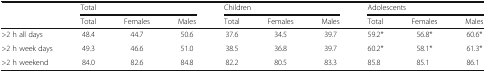
<table><thead><tr><td rowspan="2"></td><td colspan="3"><b>Total</b></td><td colspan="3"><b>Children</b></td><td colspan="3"><b>Adolescents</b></td></tr><tr><td><b>Total</b></td><td><b>Females</b></td><td><b>Males</b></td><td><b>Total</b></td><td><b>Females</b></td><td><b>Males</b></td><td><b>Total</b></td><td><b>Females</b></td><td><b>Males</b></td></tr></thead><tbody><tr><td>&gt;2 h all days</td><td>48.4</td><td>44.7</td><td>50.6</td><td>37.6</td><td>34.5</td><td>39.7</td><td>59.2*</td><td>56.8*</td><td>60.6*</td></tr><tr><td>&gt;2 h week days</td><td>49.3</td><td>46.6</td><td>51.0</td><td>38.5</td><td>36.8</td><td>39.7</td><td>60.2*</td><td>58.1*</td><td>61.3*</td></tr><tr><td>&gt;2 h weekend</td><td>84.0</td><td>82.6</td><td>84.8</td><td>82.2</td><td>80.5</td><td>83.3</td><td>85.8</td><td>85.1</td><td>86.1</td></tr></tbody></table>